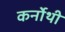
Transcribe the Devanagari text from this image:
कर्नोथी